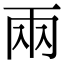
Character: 兩